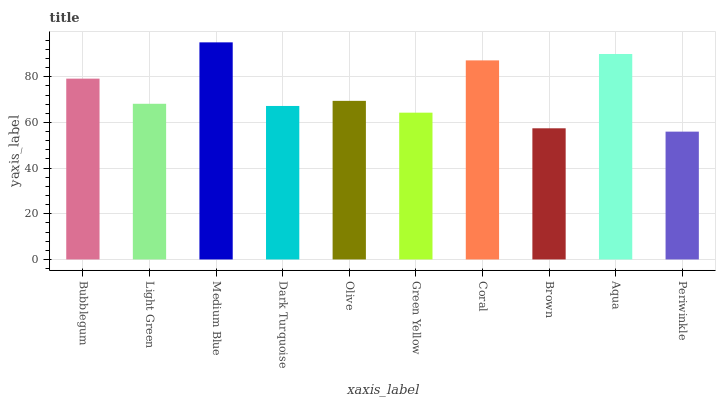
| xaxis_label | bars |
 | --- | --- |
 | Bubblegum | 79.2 |
 | Light Green | 68.2 |
 | Medium Blue | 95.1 |
 | Dark Turquoise | 67.2 |
 | Olive | 69.4 |
 | Green Yellow | 64.3 |
 | Coral | 87.2 |
 | Brown | 57.4 |
 | Aqua | 90 |
 | Periwinkle | 56 |